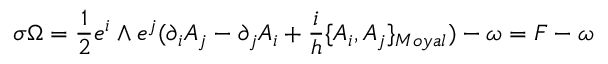
\sigma \Omega = \frac { 1 } { 2 } e ^ { i } \wedge e ^ { j } ( \partial _ { i } { \cal { A } } _ { j } - \partial _ { j } { \cal { A } } _ { i } + \frac { i } { h } \{ { \cal { A } } _ { i } , { \cal { A } } _ { j } \} _ { M o y a l } ) - \omega = { \cal { F } } - \omega